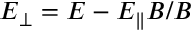
\boldsymbol { E } _ { \perp } = \boldsymbol { E } - E _ { \parallel } \boldsymbol { B } / B